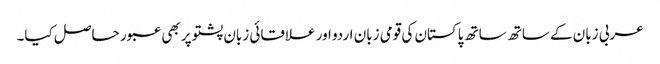
عربی زبان کے ساتھ ساتھ پاکستان کی قومی زبان اردو اور علاقائی زبان پشتو پر بھی عبور حاصل کیا۔